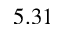
5 . 3 1